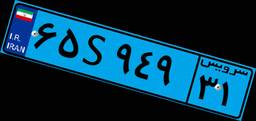
۶۵S۹۴۹۳۱